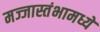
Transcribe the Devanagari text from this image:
मज्जास्तंभामध्ये